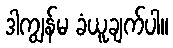
ဒါကျွန်မ ခံယူချက်ပါ။